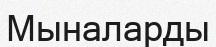
Мыналарды